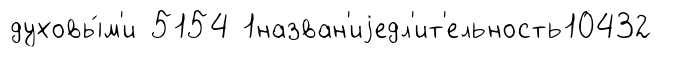
духовы́м'и 5154 1назван'иjедл'ит'ельность10432